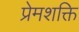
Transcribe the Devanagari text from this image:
प्रेमशक्ति